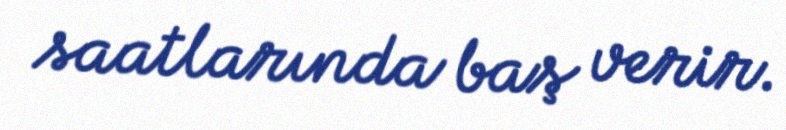
saatlarında baş verir.